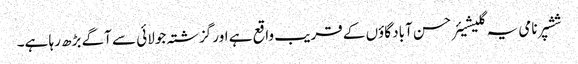
ششپر نامی یہ گلیشیئر حسن آباد گاؤں کے قریب واقع ہے اور گزشتہ جولائی سے آگے بڑھ رہا ہے۔